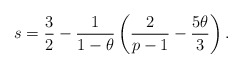
\begin{align*}s=\frac{3}{2} -\frac{1}{1-\theta}\left(\frac{2}{p-1} - \frac{5\theta}{3}\right).\end{align*}